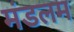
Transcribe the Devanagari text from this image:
मंडलम